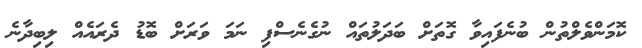
ކޮމަންވެލްތުން ބުނެފައިވާ ގޮތަށް ބަދަލުތައް ނުގެނެސްފި ނަމަ ވަރަށް ބޮޑު ދެރައެއް ލިބިދާނެ